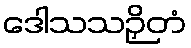
ဒေါသသဉှိတံ